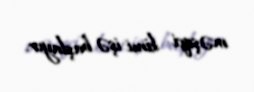
məşqçi kimi işə başlayır.